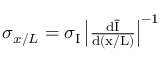
\begin{array} { r } { \sigma _ { x / L } = \sigma _ { \mathrm { I } } \left| \frac { \mathrm { d \overline { { I } } } } { \mathrm { d ( x / L ) } } \right| ^ { - 1 } } \end{array}